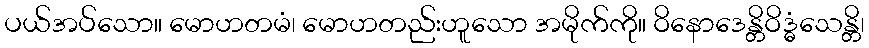
ပယ်အပ်သော။ မောဟတမံ၊ မောဟတည်းဟူသော အမိုက်ကို။ ဝိနောဒေန္တိဝိဒ္ဓံသေန္တိ၊